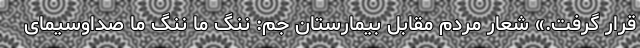
قرار گرفت.» شعار مردم مقابل بیمارستان جم: ننگ ما ننگ ما صداوسیمای